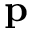
\mathbf { p }